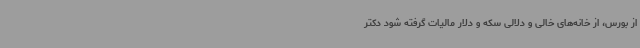
از بورس، از خانه‌های خالی و دلالی سکه و دلار مالیات گرفته شود دکتر